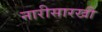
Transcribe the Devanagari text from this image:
नारीसारखी